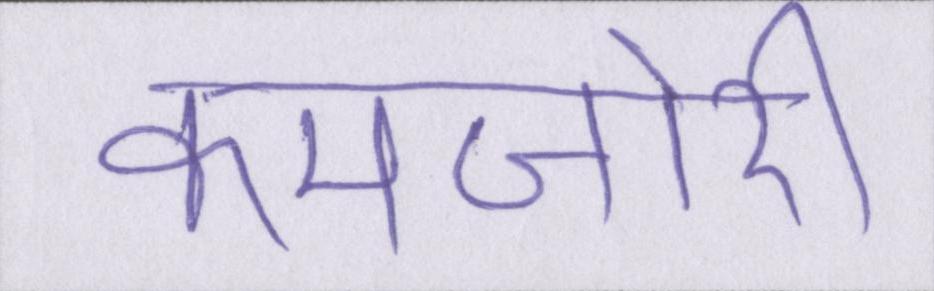
कमजोरी